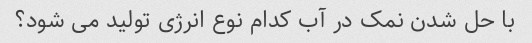
با حل شدن نمک در آب کدام نوع انرژی تولید می شود؟